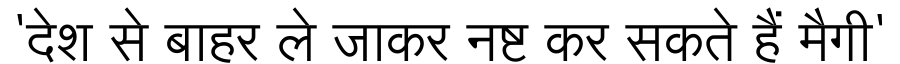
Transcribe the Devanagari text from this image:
'देश से बाहर ले जाकर नष्ट कर सकते हैं मैगी'